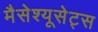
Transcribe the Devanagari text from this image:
मैसेश्यूसेट्स